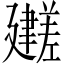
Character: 𫸕